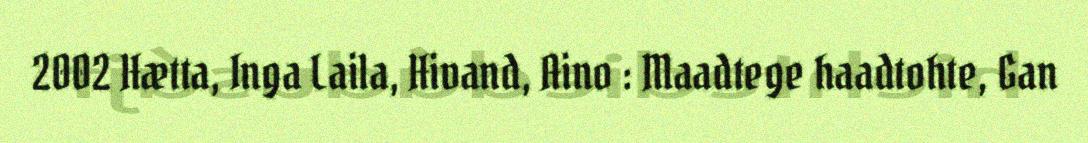
2002 Hætta, Inga Laila, Hivand, Aino : Maadtege haadtohte, Gan